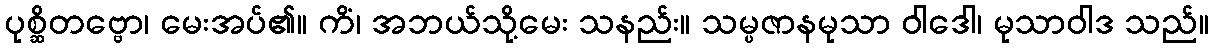
ပုစ္ဆိတဗ္ဗော၊ မေးအပ်၏။ ကိံ၊ အဘယ်သို့မေး သနည်း။ သမ္ပဇာနမုသာ ဝါဒေါ၊ မုသာဝါဒ သည်။